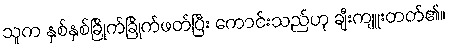
သူက နှစ်နှစ်ခြိုက်ခြိုက်ဖတ်ပြီး ကောင်းသည်ဟု ချီးကျူးတတ်၏။